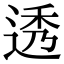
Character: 透